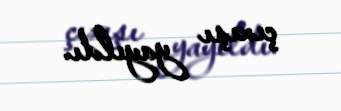
çıxışı yayıldı.